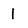
Character: 1